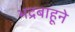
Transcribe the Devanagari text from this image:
भद्रबाहूने